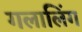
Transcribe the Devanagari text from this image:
गलालिंग